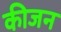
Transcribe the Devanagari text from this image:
कीजन